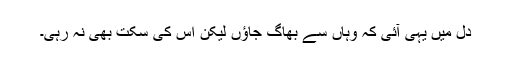
دل میں یہی آئی کہ وہاں سے بھاگ جاؤں لیکن اس کی سکت بھی نہ رہی۔